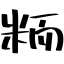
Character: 粫